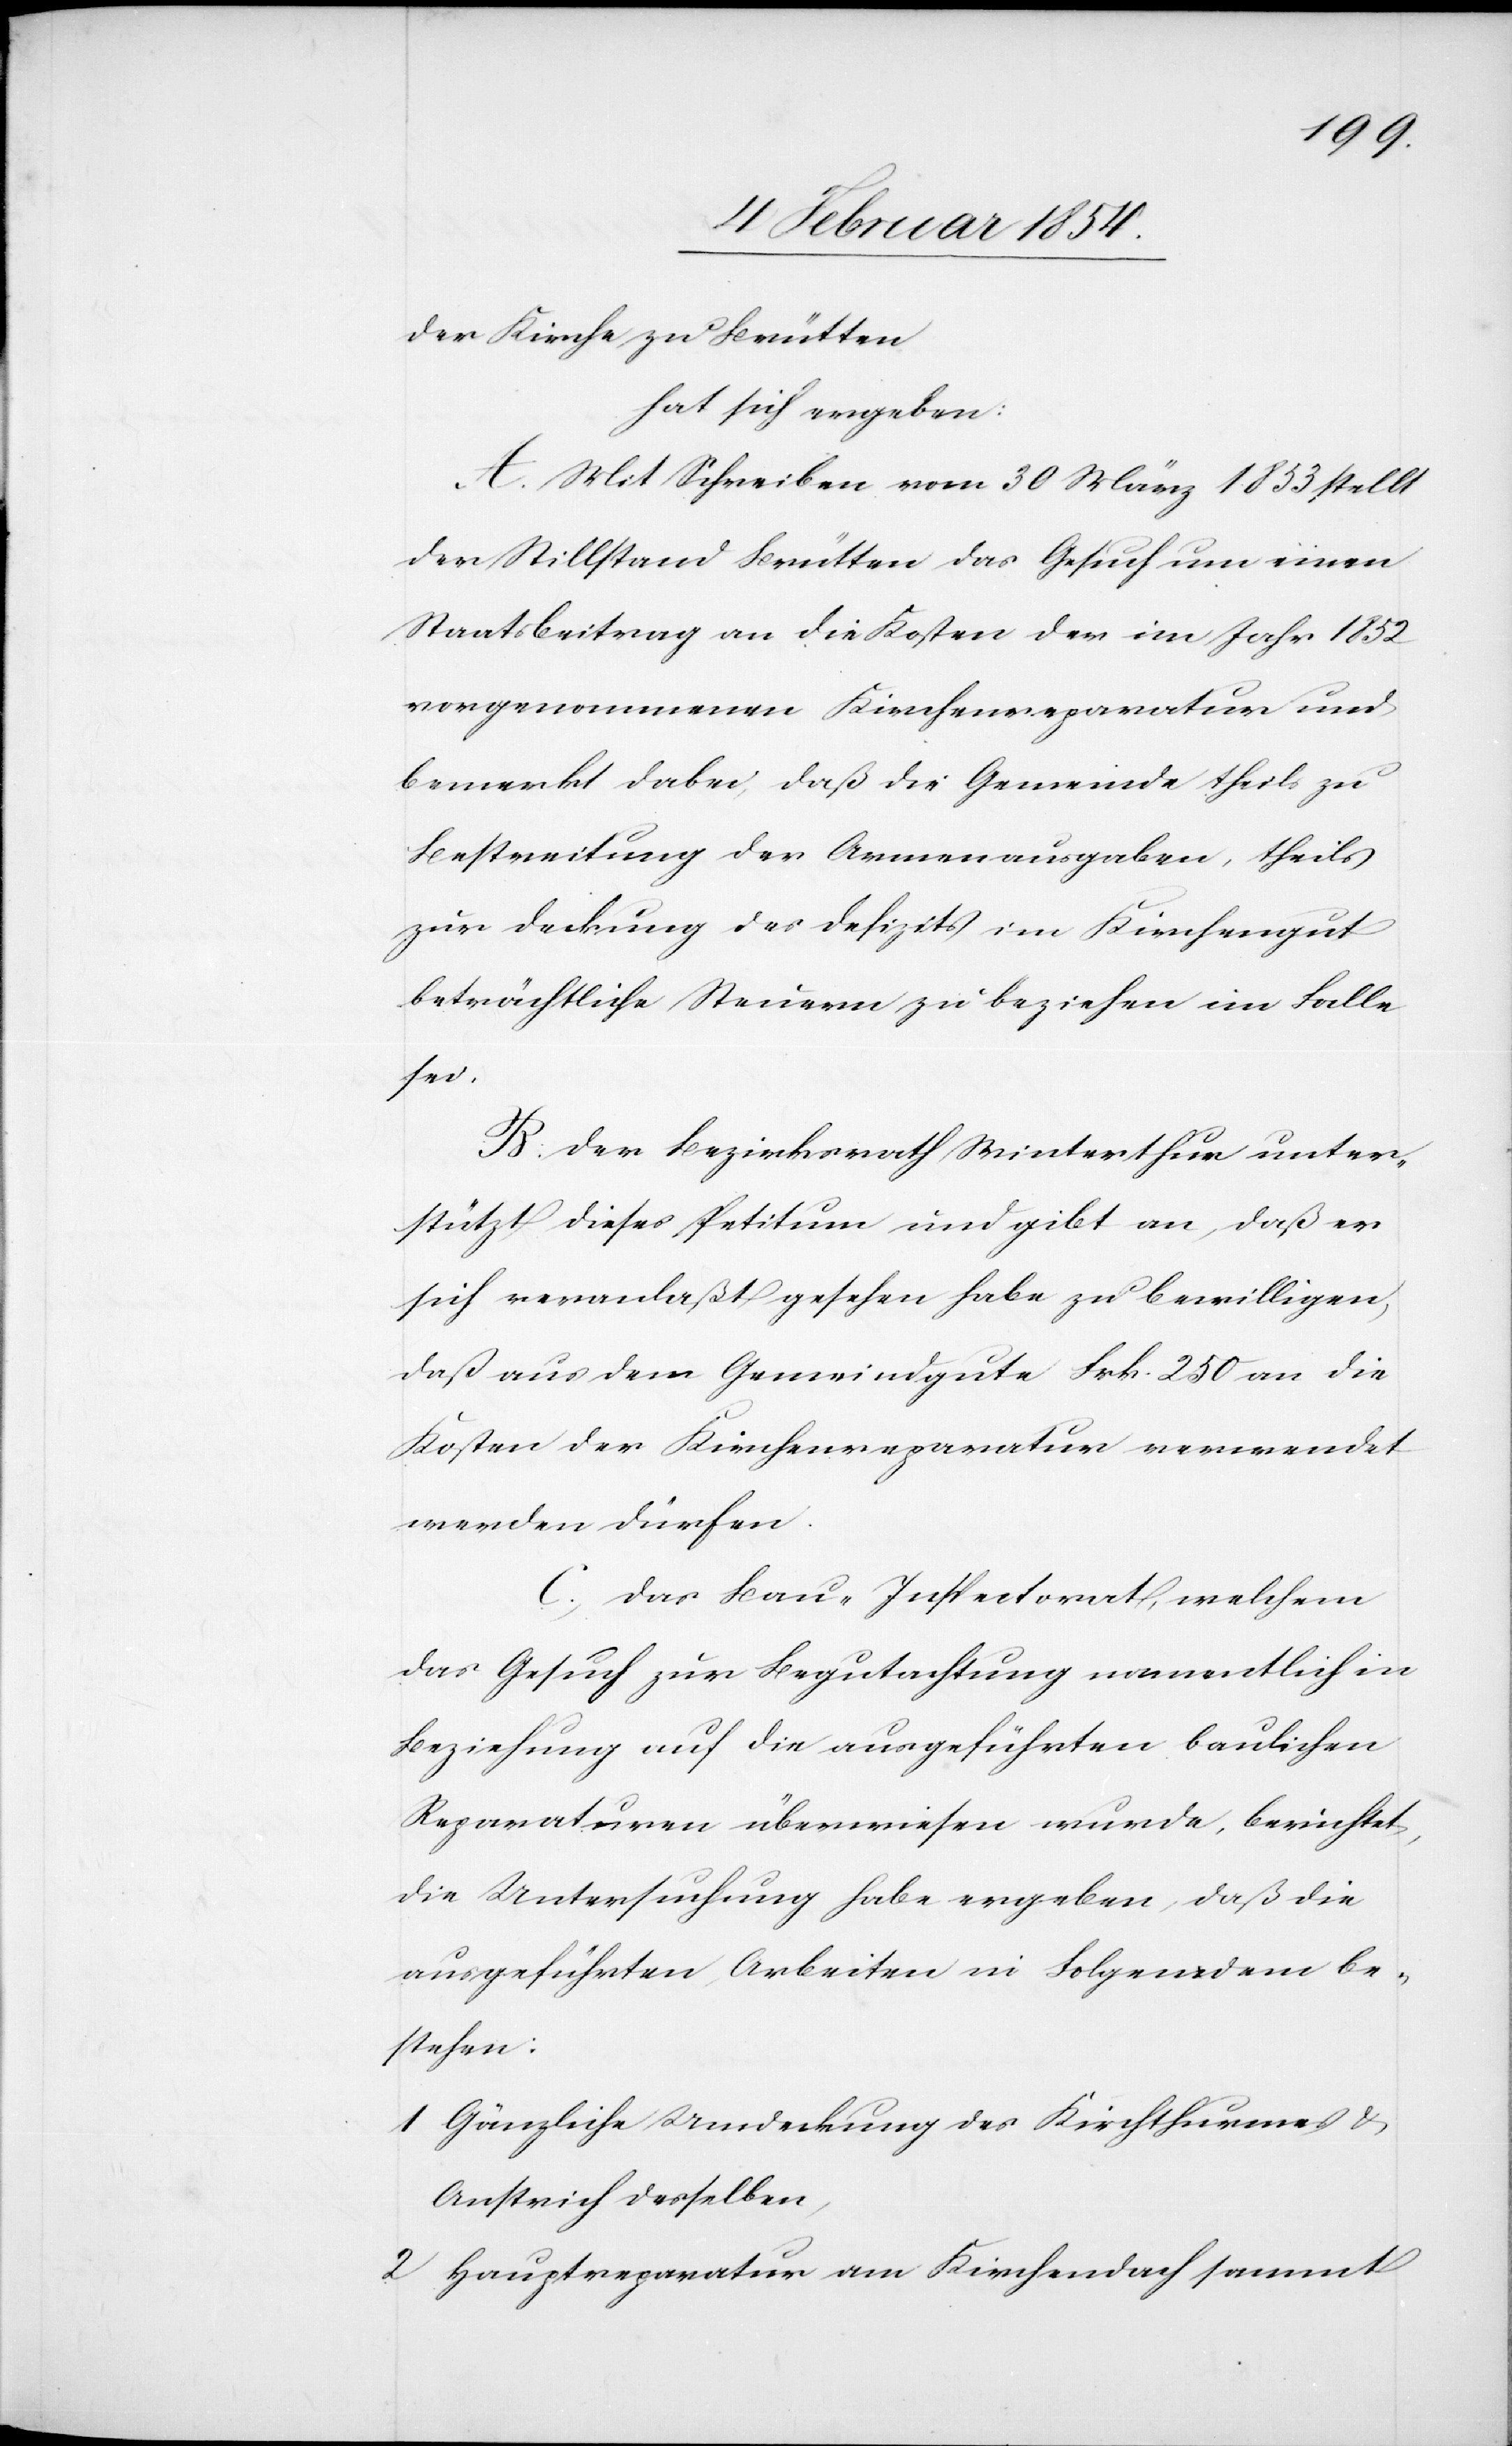
der Kirche zu Brütten
hat sich ergeben:
A. Mit Schreiben vom 30 März 1853 stellt
der Stillstand Brütten das Gesuch um einen
Staatsbeitrag an die Kosten der im Jahr 1852
vorgenommenen Kirchenreparatur und
bemerkt dabei, daß die Gemeinde theils zu
Bestreitung der Armenausgaben, theils
zur Deckung des Defizits im Kirchengut
beträchtliche Steuern zu beziehen im Falle
sei.
B. Der Bezirksrath Winterthur unter¬
stützt dieses Petitum und gibt an, daß er
sich veranlaßt gesehen habe zu bewilligen,
daß aus dem Gemeindgute Frk. 250 an die
Kosten der Kirchenreparatur verwendet
werden dürfen.
C. Das Bau-Inspectorat, welchem
das Gesuch zur Begutachtung namentlich in
Beziehung auf die ausgeführten baulichen
Reparaturen überwiesen wurde, berichtet,
die Untersuchung habe ergeben, daß die
ausgeführten Arbeiten in Folgendem be¬
stehen:
1 Gänzliche Umdeckung des Kirchthurmes &
Anstrich desselben,
2 Hauptreparaturen am Kirchendach sammt